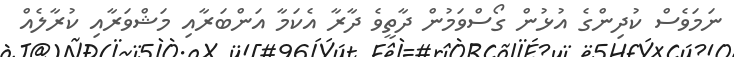
ނަމަވެސް ކުދިންގެ އުޅުން ގޯސްވަމުން ދާތީވެ ދާރާ އެކަމާ އަންބަރާއި މަޝްވަރާއި ކުރާލެއް